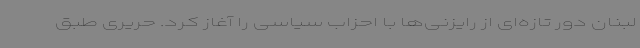
لبنان دور تازه‌ای از رایزنی‌ها با احزاب سیاسی را آغاز کرد. حریری طبق